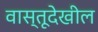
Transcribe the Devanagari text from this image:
वास्तूदेखील